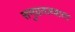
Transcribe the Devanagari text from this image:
समुद्रतलवाला